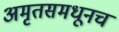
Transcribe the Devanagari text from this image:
अमृतसमधूनच